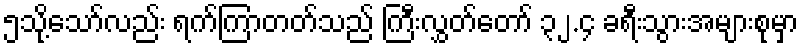
၅သို့သော်လည်း ရက်ကြာတတ်သည် ကြီးလွှတ်တော် ၃၂.၄ ခရီးသွားအများစုမှာ